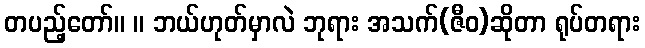
တပည့်တော်။ ။ ဘယ်ဟုတ်မှာလဲ ဘုရား အသက်(ဇီဝ)ဆိုတာ ရုပ်တရား